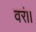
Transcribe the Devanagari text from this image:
वरं।।